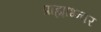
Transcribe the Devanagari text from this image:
प्राह्याभ्न्वर